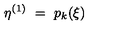
\eta ^ { ( 1 ) } \ = \ p _ { k } ( \xi )